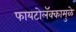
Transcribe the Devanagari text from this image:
फायटोलॅक्कामुळे